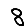
Digit: 8